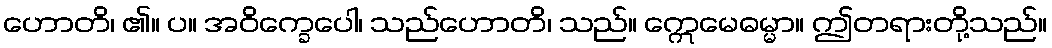
ဟောတိ၊ ၏။ ပ။ အဝိက္ခေပေါ၊ သည်ဟောတိ၊ သည်။ ဣေမေဓမ္မာ။ ဤတရားတို့သည်။